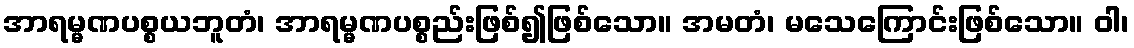
အာရမ္မဏပစ္စယဘူတံ၊ အာရမ္မဏပစ္စည်းဖြစ်၍ဖြစ်သော။ အမတံ၊ မသေကြောင်းဖြစ်သော။ ဝါ၊